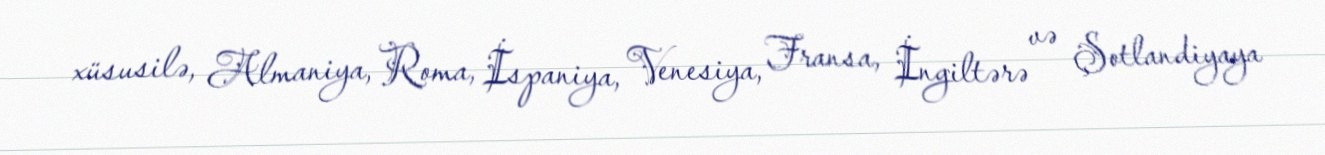
xüsusilə, Almaniya, Roma, İspaniya, Venesiya, Fransa, İngiltərə və Şotlandiyaya